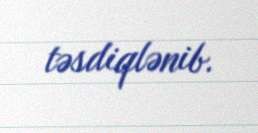
təsdiqlənib.